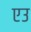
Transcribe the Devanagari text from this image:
एउ